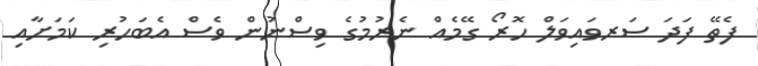
ފެތޭ ފަދަ ސަރވައިވަލް ހޮރޯ ގޭމެއް ނެރުމުގެ ވިސްނުން ވެސް އެބަހުރި ކަމަށާއި